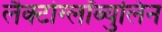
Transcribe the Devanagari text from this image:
लैक्टोग्लॉब्युलिन